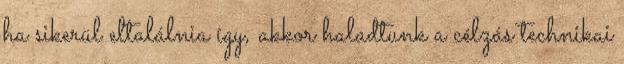
ha sikerül eltalálnia így, akkor haladtunk a célzás technikai